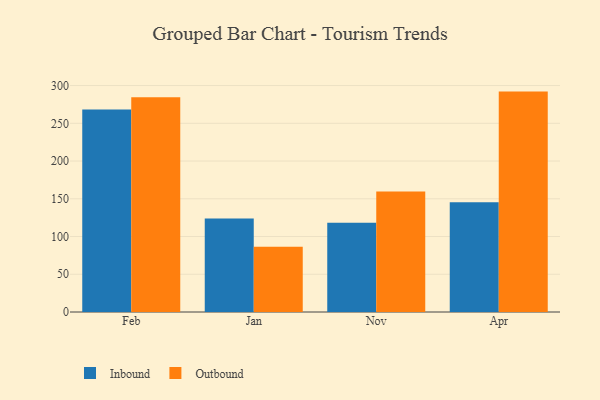
{"axis": {"x": "Month", "y": "Humidity (%)"}, "legend": ["Inbound", "Outbound"], "data": [{"x": "Feb", "y": 268.4, "type": "Inbound"}, {"x": "Feb", "y": 284.4, "type": "Outbound"}, {"x": "Jan", "y": 124.0, "type": "Inbound"}, {"x": "Jan", "y": 86.3, "type": "Outbound"}, {"x": "Nov", "y": 118.1, "type": "Inbound"}, {"x": "Nov", "y": 159.8, "type": "Outbound"}, {"x": "Apr", "y": 145.5, "type": "Inbound"}, {"x": "Apr", "y": 292.0, "type": "Outbound"}]}